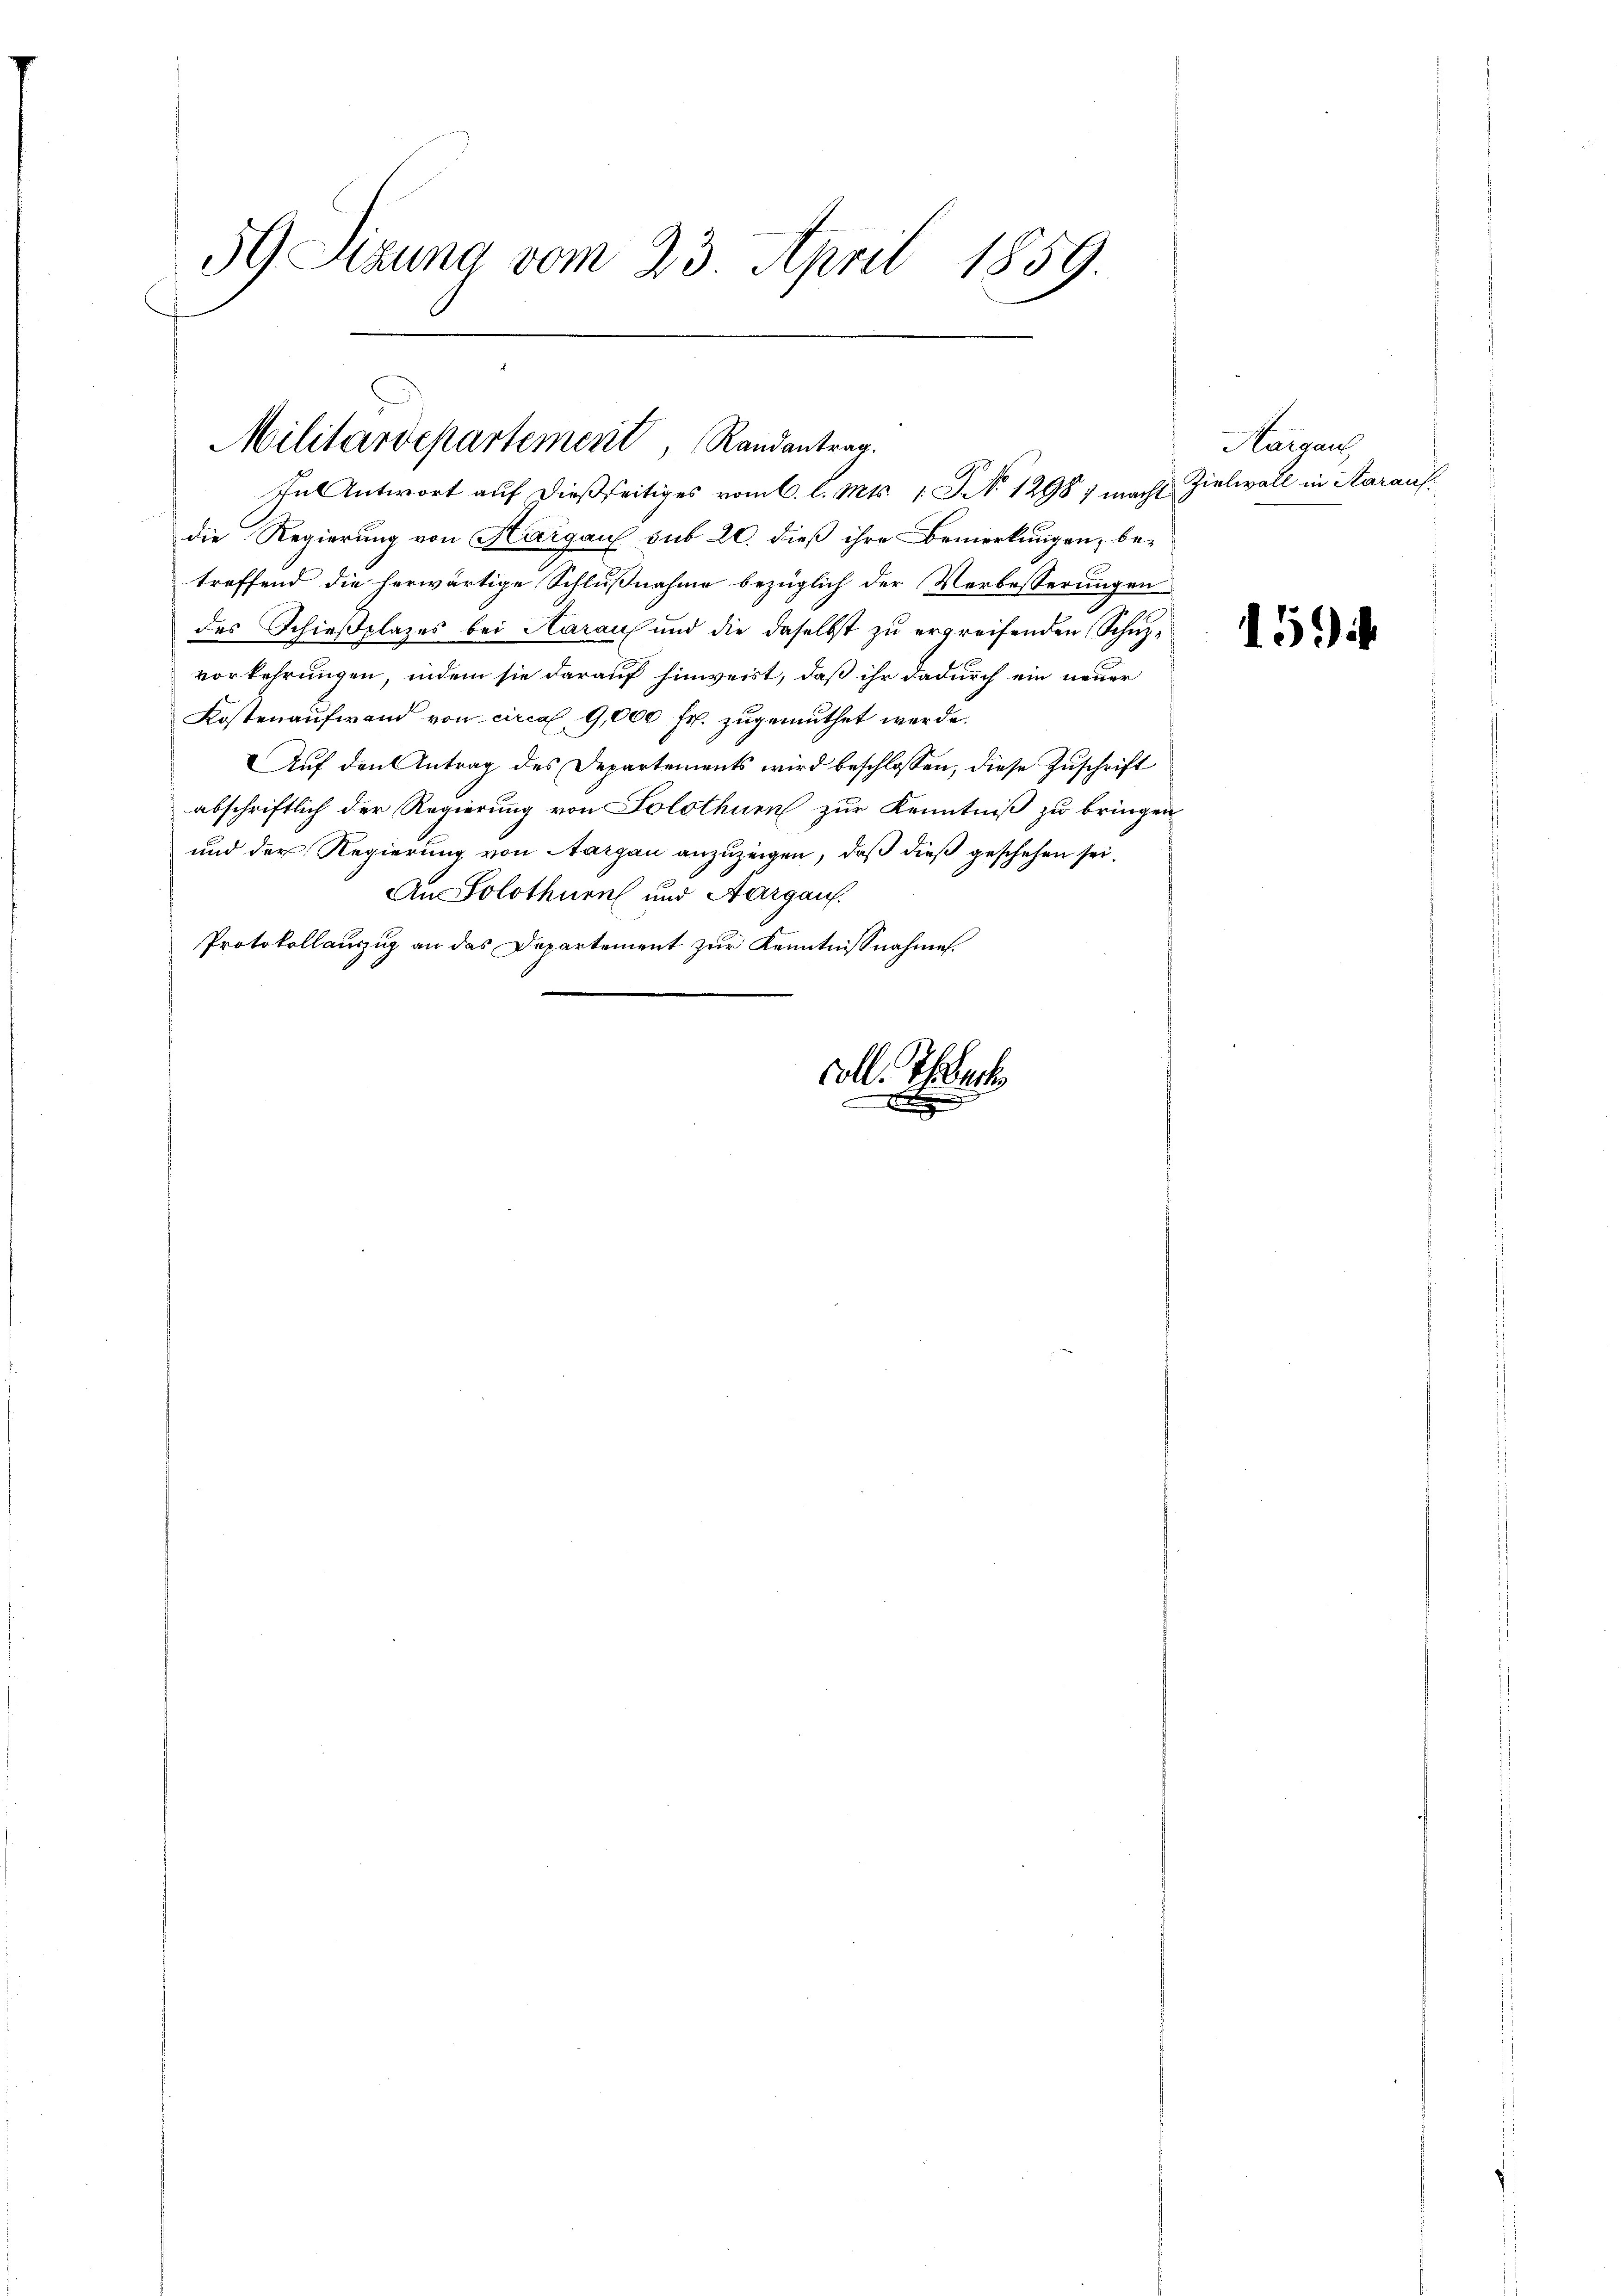
59 Sitzung vom 23. April 1859

Militärdepartement, Randantrag.

In Antwort auf dießseitiges vom 6. l. Mts. 1 S. 12987 macht
die Regierung von Thurgau sub 20. dieß ihre Bemerkungen, be-
treffend die herwärtige Schlußnahme bezüglich der Verbesserungen
des Schießplazes bei Haraus und die daselbst zu ergreifenden Schuzvorkehrungen, indem sie darauf hinweist, daß ihr dadurch ein neuer
Kostenaufwand von circa 9,000 fr. zugemuthet werde.
Aŭf den Antrag des Departements wird beschlossen, diese Zŭschrift
abschriftlich der Regierung von Solothurn zur Kenntniß zu bringen
und der Regierung von Aargau anzuzeigen, daß dieß geschehen sei.
An Solothurn und Aargau.
Protokollauszug an das Departement zur Kenntnisnahme.

coll. Thur
x

Haigaus
Zielwall in Starauf

15